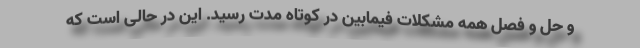
و حل و فصل همه مشکلات فیمابین در کوتاه مدت رسید. این در حالی است که